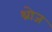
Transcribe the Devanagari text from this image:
थ्रोज